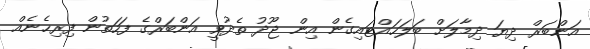
އަންބަރް ދިޔަ ދިމާލަށް ބަލަހައްޓައިގެން އިން ޖޫދު ތެދުވީ އަންބަރްގެ ފަހަތުން ފިރިހެނެއް